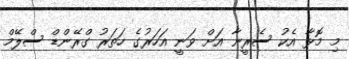
މި މޮޅާ އެކު ސެރީނާ އަށް ވަނީ އަހަރުގެ ހަަތަރު ގްރޭންޑް ސްލޭމް